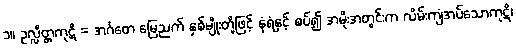
၁။ ဥလ္လိတ္တကုဋိ = အင်္ဂတေ မြေညက် နှစ်မျိုးတို့ဖြင့် နံရံနှင့် စပ်၍ အမိုးအတွင်းက လိမ်းကျံအပ်သောကုဋိ၊